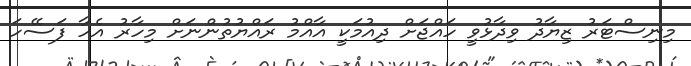
މިނިސްޓަރު ޒިޔާދު ވިދާޅުވީ ހައްޖަށް ދިއުމަކީ އާއްމު ރައްޔުތުންނަށް މިހާރު އެހާ ފަސޭހަ